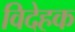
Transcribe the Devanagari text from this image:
विदेहक